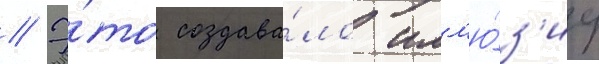
// Э́то создава́ло илл'ю́з'иу